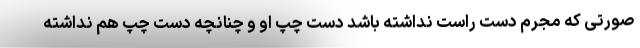
صورتی که مجرم دست راست نداشته باشد دست چپ او و چنانچه دست چپ هم نداشته